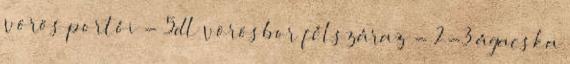
vörös portói - 5dl vörösbor félszáraz - 2-3 ágacska